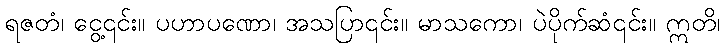
ရဇတံ၊ ငွေ့၎င်း။ ပဟာပဏော၊ အသပြာ၎င်း။ မာသကော၊ ပဲပိုက်ဆံ၎င်း။ ဣတိ၊